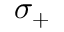
\sigma _ { + }